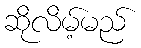
ဆိုလိမ့်မည်